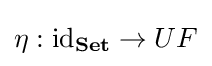
\eta :\operatorname {id} _{\mathbf {Set} }\to UF